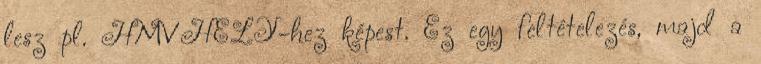
lesz pl. HMVHELY-hez képest. Ez egy feltételezés, majd a